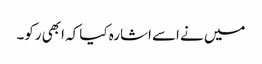
میں نے اسے اشارہ کیا کہ ابھی رکو۔